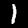
Digit: 1